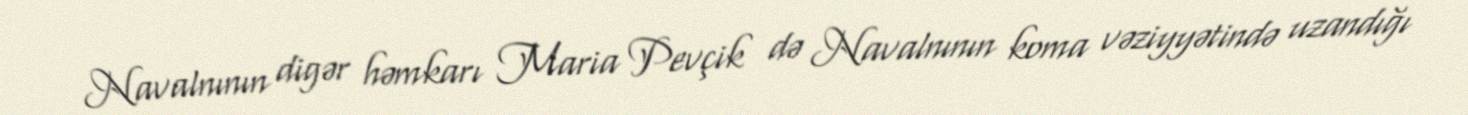
Navalnının digər həmkarı Maria Pevçik də Navalnının koma vəziyyətində uzandığı